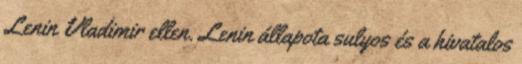
Lenin Vladimir ellen. Lenin állapota sulyos és a hivatalos